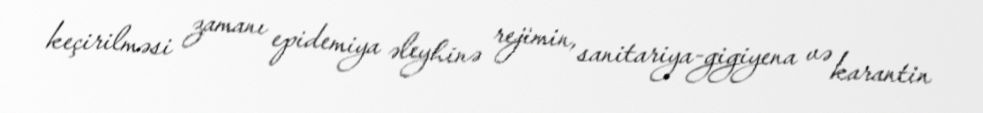
keçirilməsi zamanı epidemiya əleyhinə rejimin, sanitariya-gigiyena və karantin